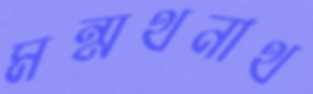
মন্মথনাথ